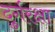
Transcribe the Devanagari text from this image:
दुर्गरक्षा